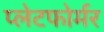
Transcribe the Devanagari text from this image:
प्लेटफोर्मर